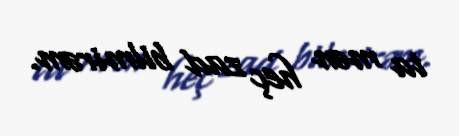
ta mən heç zad bilmirəm.